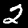
Digit: 2